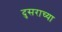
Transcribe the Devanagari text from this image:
दुसराच्या